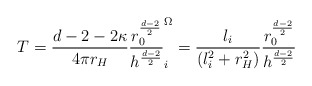
\begin{align*} T = \frac{d-2-2\kappa}{4 \pi r_H}\frac{r_0^{\frac{d-2}{2}}}{h^{\frac{d-2}{2}}} \sp \Omega_i =\frac{l_i}{(l_i^2 +r_H^2)}\frac{r_0^{\frac{d-2}{2}}}{h^{\frac{d-2}{2}}}\end{align*}